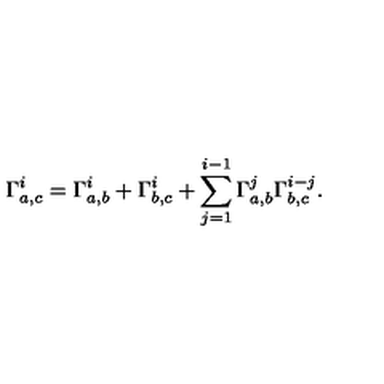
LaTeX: \Gamma _ { a , c } ^ { i } = \Gamma _ { a , b } ^ { i } + \Gamma _ { b , c } ^ { i } + \sum _ { j = 1 } ^ { i - 1 } \Gamma _ { a , b } ^ { j } \Gamma _ { b , c } ^ { i - j } .